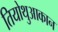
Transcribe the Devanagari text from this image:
तियोथुआकान